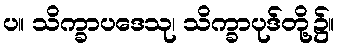
ပ။ သိက္ခာပဒေသု၊ သိက္ခာပုဒ်တို့၌။